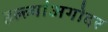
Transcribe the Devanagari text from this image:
हल्ल्यांअगोदर